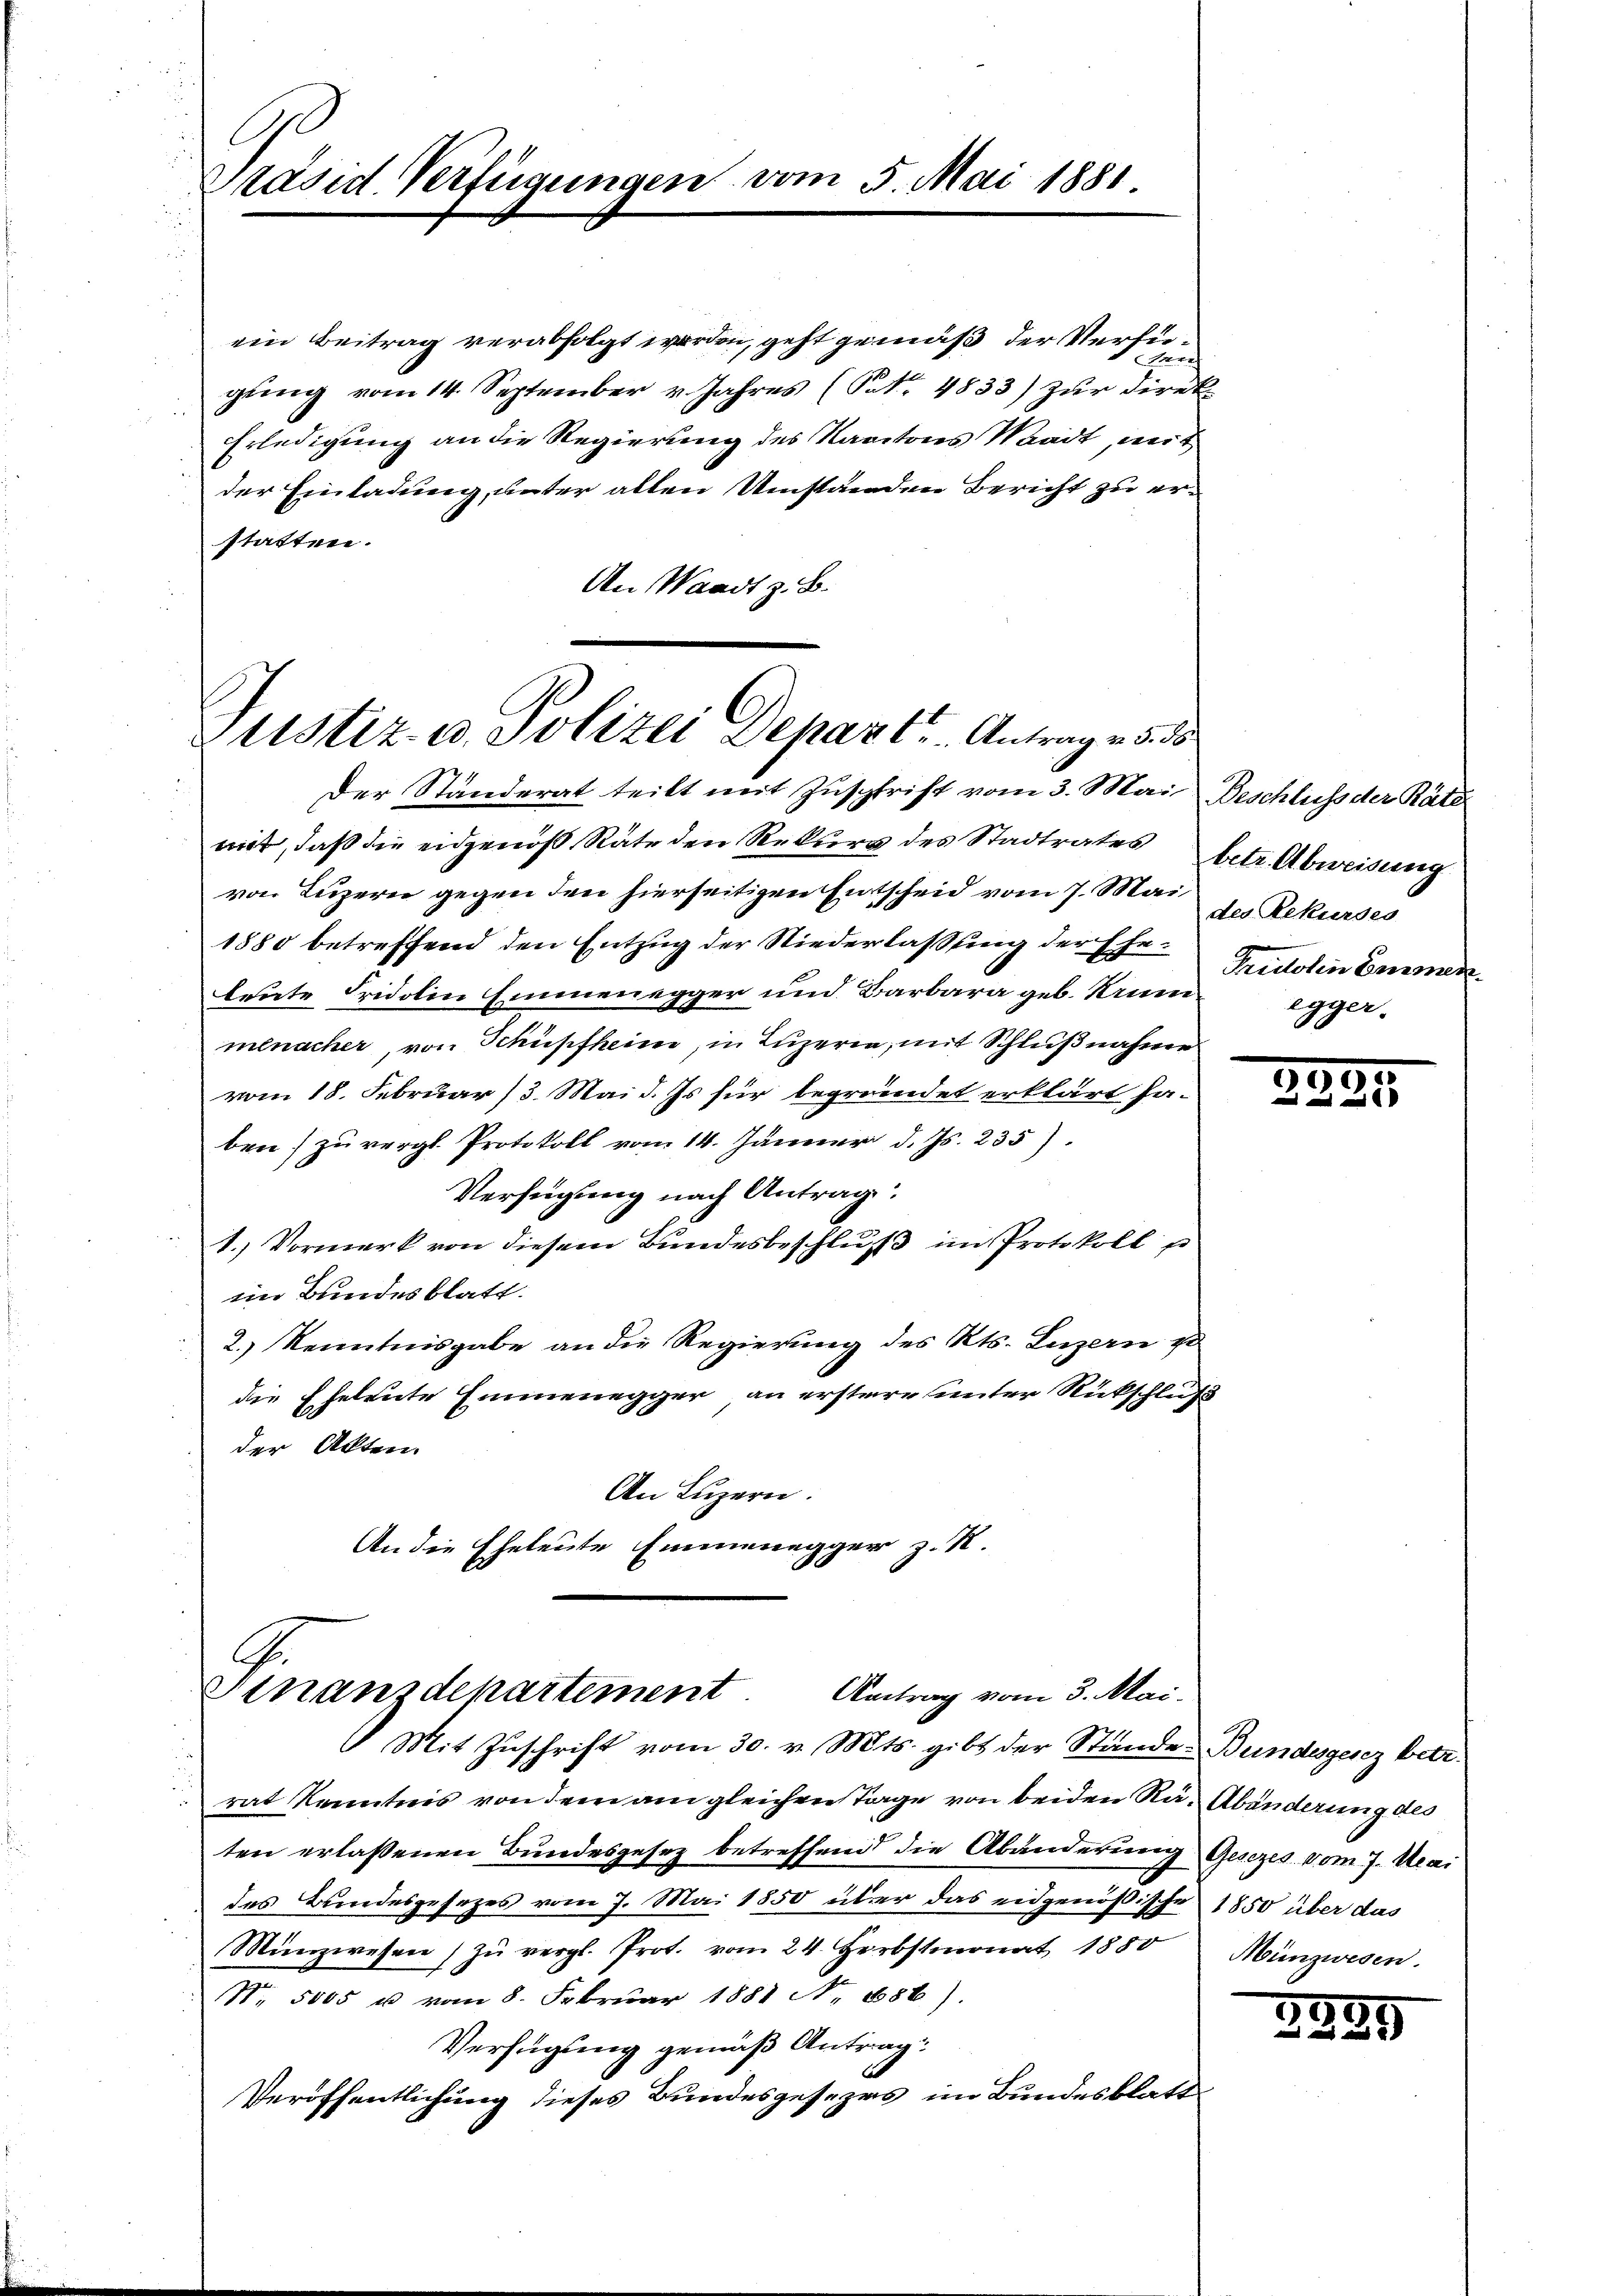
Präsid. Verfügungen vom 5. Mai 1881.

ein Beitrag verabfolgt werden, geht gemäß der Verfügung vom 14. September v. Jahres (C.Nr. 4833) zur Direk
Erledigung an die Regierung des Kantons Waadt, mit
der Einladung, unter allen Umständen Bericht zu erstatten.
An Waadt z. B.

Justiz- u. Polizei Depart. Antrag 5. ds.
Der Ständerat teilt mit Zuschrift vom 3. Mai Beschluss der Räte

mit, daß die eidgenöß Räte den Rekurs des Stadtrates betr. Abweisung
von Luzern gegen den hierseitigen Entscheid vom 7. Mai
1880 betreffend den Entzug der Niederlassung der Eheleute Fridolen Einmenegger und Barbara geb. Krummenacher, von Schüpfheim, in Luzern, mit Schlußnahmen
vom 18. Februar (3. Mai d. Js für begründet erklärt ha-
ben) zu vergl. Protokoll vom 14. Jänner d. Js. 235).
Verfügung nach Antrag
u
1.) Vormerk von diesem Bundesbeschluß im Protokoll p
im Bundesblatt.
2.) Kenntnisgabe an die Regierung des Kts. Luzern zu
die Eheleute Emmenegger an erstere unter Rückschluß
der Akten.
An Luzern.
An die Eheleute Emmenegger z. R.

G.
Finanzdepartement
Antrag vom 3. Mai.
" Mit Zuschrift vom 30. v. Mts. gibt der Stände Bundesgesez betr.

rat Kenntnis von dem am gleichen Tage von beiden Rä-Abänderung des
ten erlassenen Bundesgesez betreffend die Abänderung Gesezes vom 7. Mai
des Bundesgesezes vom 7. Mai 1850 über das eidgenößische 1850 über das
Münzwesen zŭ vergl. Prot. vom 24. Herbstmonat 1880
Nr. 5005 u vom 8. Februar 1881 N. 1886).
Verfügung gemäß Antrag:
Veröffentlichung dieses Bundesgesezes im Bundesblatt

des Rekurses
Tricotin Emmen
egger.

.
2221

Münzwesen.

3989